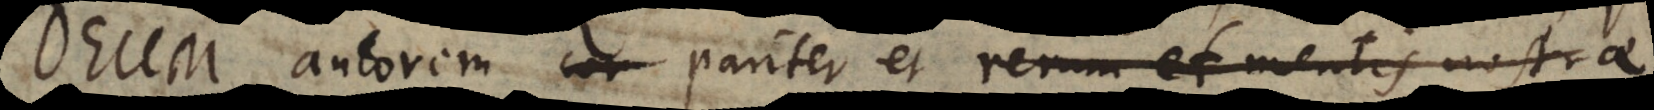
Deum autorem cor pariter et rerum et mentis nostrae,